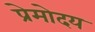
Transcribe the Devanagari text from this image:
प्रेमोदय